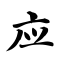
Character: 应